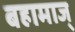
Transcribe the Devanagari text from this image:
बहामाज्